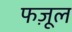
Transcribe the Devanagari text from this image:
फज़ूल